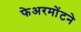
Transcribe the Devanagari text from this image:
फेअरमोंटने